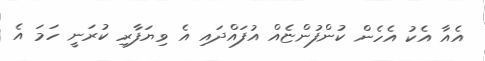
އެއާ އެކު އެހެން ކުންފުންޏެއް އުފައްދައި އެ ވިޔަފާރި ކުރަނީ ހަމަ އެ